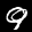
Label: 9